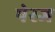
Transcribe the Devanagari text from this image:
पेरज